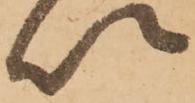
以